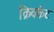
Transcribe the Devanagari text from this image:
क्रिक्केट